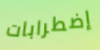
إضطرابات